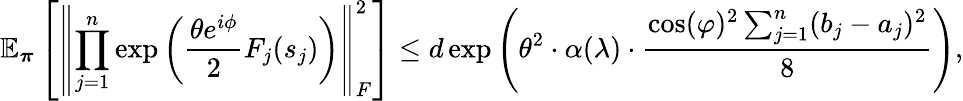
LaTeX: \mathbb{E}_{\boldsymbol\pi}\left[\left\lVert\prod_{j=1}^{n}\exp\left(\frac{\theta e^{i\phi}}{2}F_{j}(s_{j})\right)\right\rVert_{F}^{2}\right]\leq d\exp\left(\theta^{2}\cdot\alpha(\lambda)\cdot\frac{\cos(\varphi)^{2}\sum_{j=1}^{n}(b_{j}-a_{j})^{2}}{8}\right),